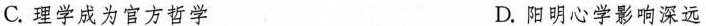
C.理学成为官方哲学 D.阳明心学影响深远